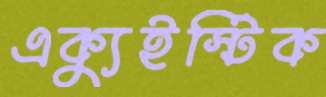
এক্যুইস্টিক